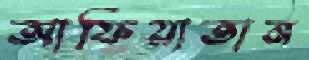
আফিয়াতান